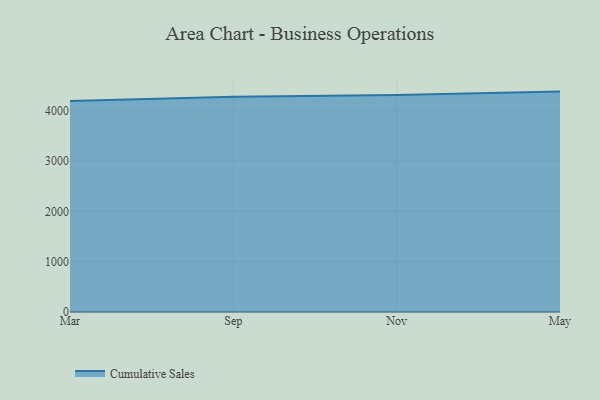
{"axis": {"x": "Month", "y": "Headcount"}, "legend": ["Cumulative Sales"], "data": [{"x": "Mar", "y": 4193.1, "type": "Cumulative Sales"}, {"x": "Sep", "y": 4274.4, "type": "Cumulative Sales"}, {"x": "Nov", "y": 4309.2, "type": "Cumulative Sales"}, {"x": "May", "y": 4377.9, "type": "Cumulative Sales"}]}